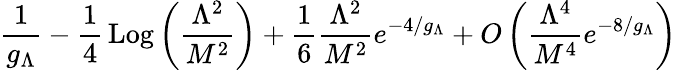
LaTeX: \frac{1}{g_{\Lambda}}-\frac{1}{4}\, \mathrm{Log}\left(\frac{\Lambda^{2}}{M^{2}}\right)+\frac{1}{6}\frac{\Lambda^{2}}{M^{2}}e^{-4/g_{\Lambda}}+O\left(\frac{\Lambda^{4}}{M^{4}}e^{-8/g_{\Lambda}}\right)